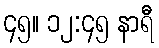
၄၅။ ၁၂:၄၅ နာရီ